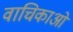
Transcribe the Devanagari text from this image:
वाचिकाओं